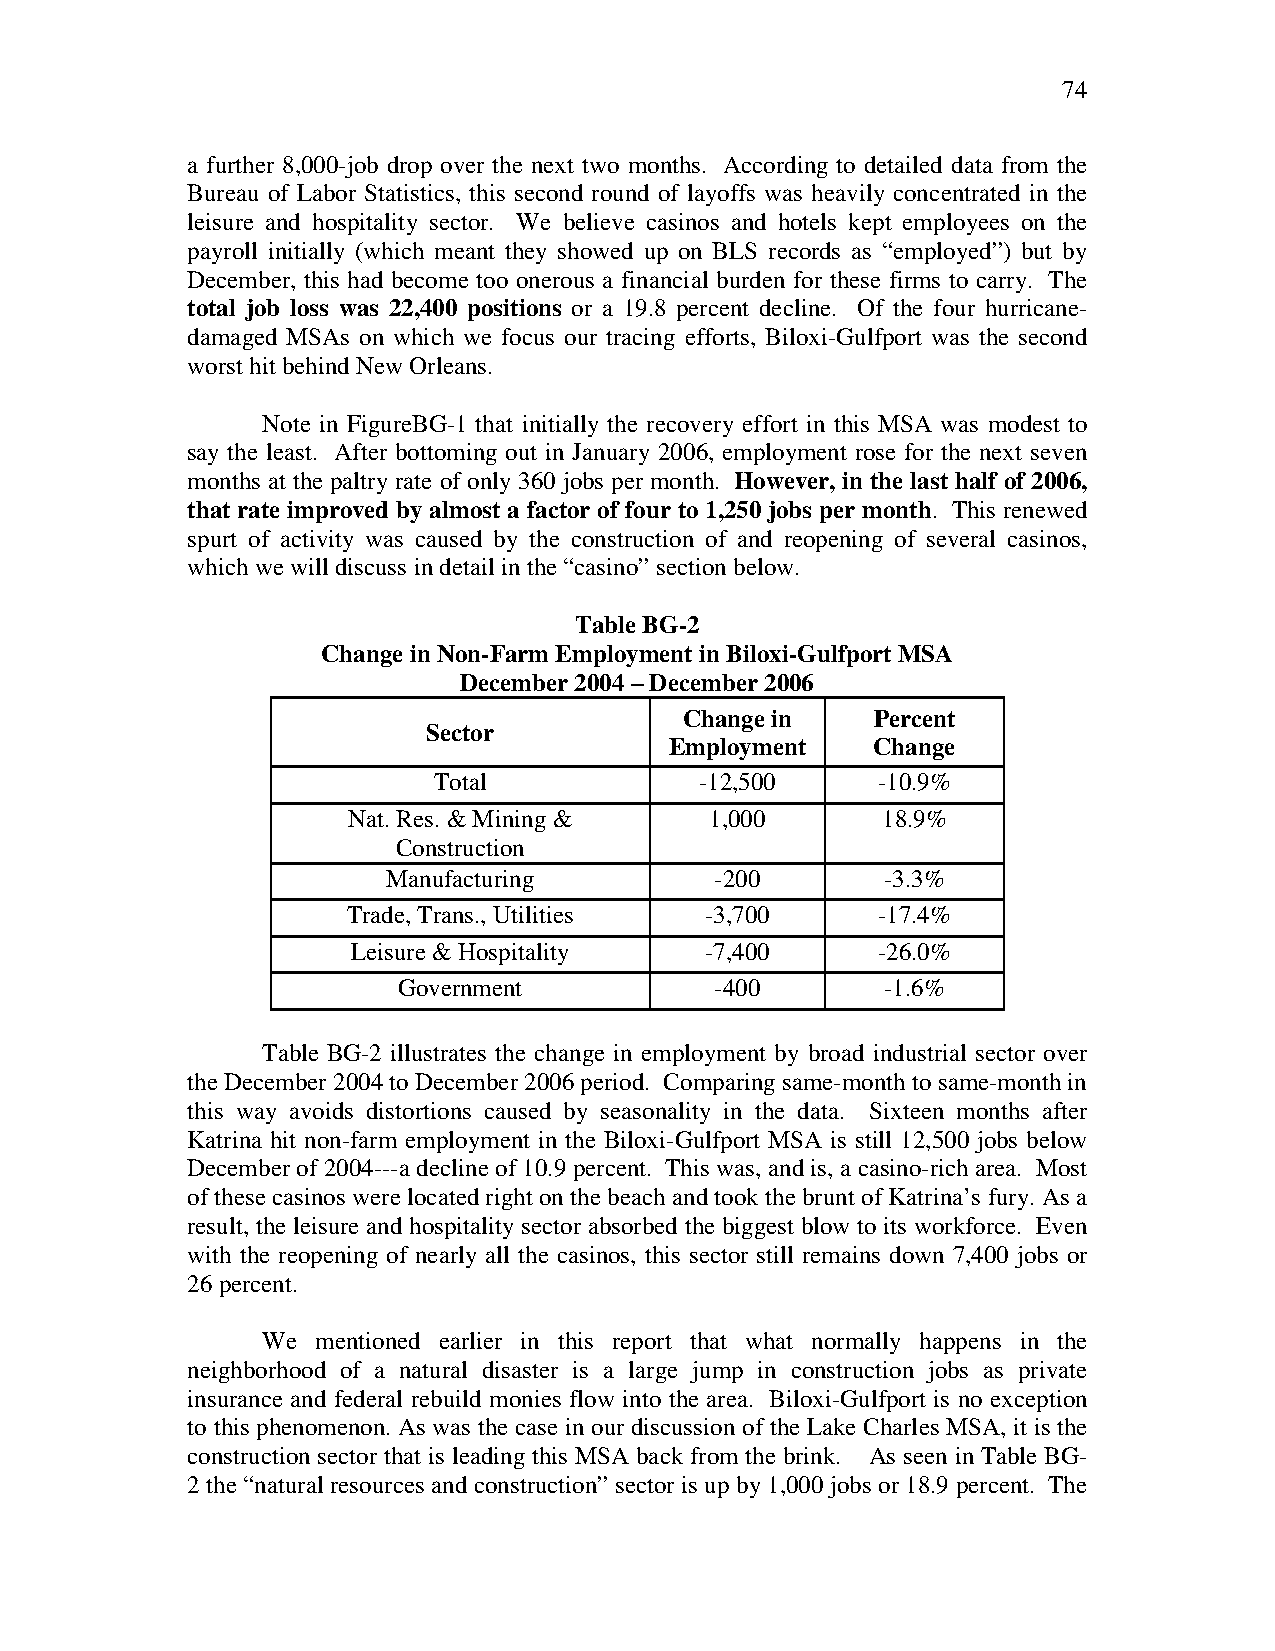
74
 a further 8,000-job drop over the next two months. According to detailed data from the
 Bureau of Labor Statistics, this second round of layoffs was heavily concentrated in the
 leisure and hospitality sector. We believe casinos and hotels kept employees on the
 payroll initially (which meant they showed up on BLS records as “employed”) but by
 December, this had become too onerous a financial burden for these firms to carry. The
 total job loss was 22,400 positions or a 19.8 percent decline. Of the four hurricane-
 damaged MSAs on which we focus our tracing efforts, Biloxi-Gulfport was the second
 worst hit behind New Orleans.
 Note in FigureBG-1 that initially the recovery effort in this MSA was modest to
 say the least. After bottoming out in January 2006, employment rose for the next seven
 months at the paltry rate of only 360 jobs per month. However, in the last half of 2006,
 that rate improved by almost a factor of four to 1,250 jobs per month. This renewed
 spurt of activity was caused by the construction of and reopening of several casinos,
 which we will discuss in detail in the “casino” section below.
 Table BG-2
 Change in Non-Farm Employment in Biloxi-Gulfport MSA
 December 2004 – December 2006
 Change in    Percent
 Sector
 Employment    Change
 Total            -12,500     -10.9%
 Nat. Res. & Mining &    1,000      18.9%
 Construction
 Manufacturing        -200        -3.3%
 Trade, Trans., Utilities -3,700    -17.4%
 Leisure & Hospitality   -7,400     -26.0%
 Government           -400        -1.6%
 Table BG-2 illustrates the change in employment by broad industrial sector over
 the December 2004 to December 2006 period. Comparing same-month to same-month in
 this way avoids distortions caused by seasonality in the data. Sixteen months after
 Katrina hit non-farm employment in the Biloxi-Gulfport MSA is still 12,500 jobs below
 December of 2004---a decline of 10.9 percent. This was, and is, a casino-rich area. Most
 of these casinos were located right on the beach and took the brunt of Katrina’s fury. As a
 result, the leisure and hospitality sector absorbed the biggest blow to its workforce. Even
 with the reopening of nearly all the casinos, this sector still remains down 7,400 jobs or
 26 percent.
 We  mentioned earlier in this report that what normally happens in the
 neighborhood of a natural disaster is a large jump in construction jobs as private
 insurance and federal rebuild monies flow into the area. Biloxi-Gulfport is no exception
 to this phenomenon. As was the case in our discussion of the Lake Charles MSA, it is the
 construction sector that is leading this MSA back from the brink. As seen in Table BG-
 2 the “natural resources and construction” sector is up by 1,000 jobs or 18.9 percent. The